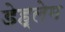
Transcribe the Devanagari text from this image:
डेह्लेम